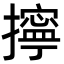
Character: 擰